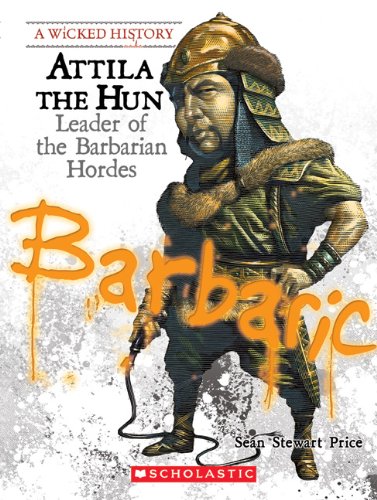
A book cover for Attila the Hun: Leader of the Barbarian Hordes (Wicked History); Sean Stewart Price; Teen & Young Adult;